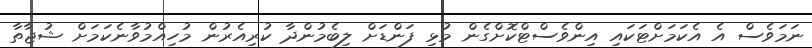
ނަމަވެސް އެ އެކަމަށްޓަކައި އިންވެސްޓްކޮށްގެން މުޅި ފަންޑަށް ލިބެމުންދާ ކުރިއެރުން މުހިއްމުވާނެކަމަށް ޝުޖާތާ